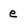
Character: e